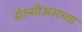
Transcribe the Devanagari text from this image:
सेल्सीअसच्या